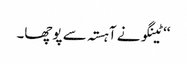
‘‘ ٹینگو نے آہستہ سے پوچھا۔